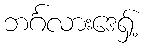
ဘင်္ဂလားဒေရှ့်